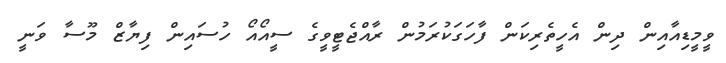
ވީމީޑިއާއިން ދިން އެހީތެރިކަން ފާހަގަކުރަމުން ރާއްޖެޓީވީގެ ސީއޯއޯ ހުސައިން ފިޔާޒް މޫސާ ވަނީ